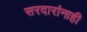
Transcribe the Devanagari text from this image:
सरदारांनाही